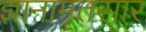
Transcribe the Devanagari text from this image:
ज्ञानामृतसार